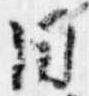
同